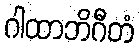
ဂါထာဘိဂီတံ